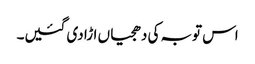
اس توبہ کی دھجیاں اڑا دی گئیں۔